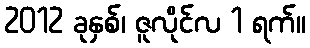
2012 ခုနှစ်၊ ဇူလိုင်လ 1 ရက်။